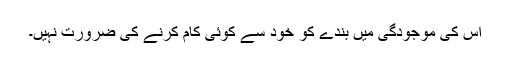
اس کی موجودگی میں بندے کو خود سے کوئی کام کرنے کی ضرورت نہیں۔